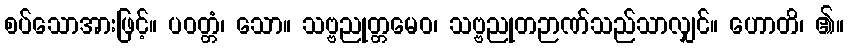
စပ်သောအားဖြင့်။ ပဝတ္တံ၊ သော။ သဗ္ဗညုတ္တမေဝ၊ သဗ္ဗညုတဉာဏ်သည်သာလျှင်။ ဟောတိ၊ ၏။